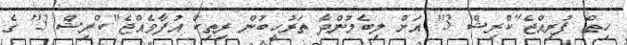
ހިތް ފުރިއްޖެ"ކްރިޝް 3" އަށް ލިބެމުންދާ ތަރުހީބުން ރިތިކް އުފާވެއްޖެ"ކްރިޝް 3" ގެ